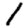
Digit: 1